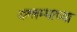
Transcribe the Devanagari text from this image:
यल्लम्माच्या